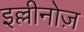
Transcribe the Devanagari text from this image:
इल्लीनोज़